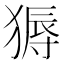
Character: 𬌽